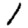
Digit: 1